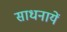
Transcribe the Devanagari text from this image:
साधनायें